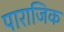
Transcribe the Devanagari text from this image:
पाराजिक